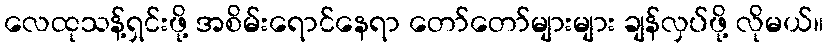
လေထုသန့်ရှင်းဖို့ အစိမ်းရောင်နေရာ တော်တော်များများ ချန်လှပ်ဖို့ လိုမယ်။